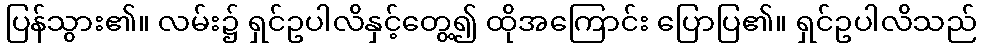
ပြန်သွား၏။ လမ်း၌ ရှင်ဥပါလိနှင့်တွေ့၍ ထိုအကြောင်း ပြောပြ၏။ ရှင်ဥပါလိသည်